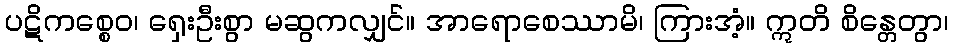
ပဋိကစ္စေဝ၊ ရှေးဦးစွာ မဆွကလျှင်။ အာရောစေဿာမိ၊ ကြားအံ့။ ဣတိ စိန္တေတွာ၊